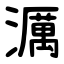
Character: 濿